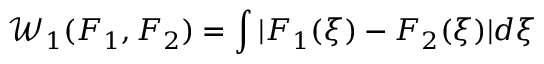
\mathcal { W } _ { 1 } ( F _ { 1 } , F _ { 2 } ) = \int | F _ { 1 } ( \xi ) - F _ { 2 } ( \xi ) | d \xi